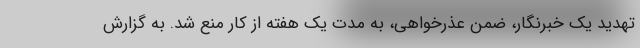
تهدید یک خبرنگار، ضمن عذرخواهی، به مدت یک هفته از کار منع شد. به گزارش